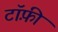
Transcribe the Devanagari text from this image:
टॉफ़ी